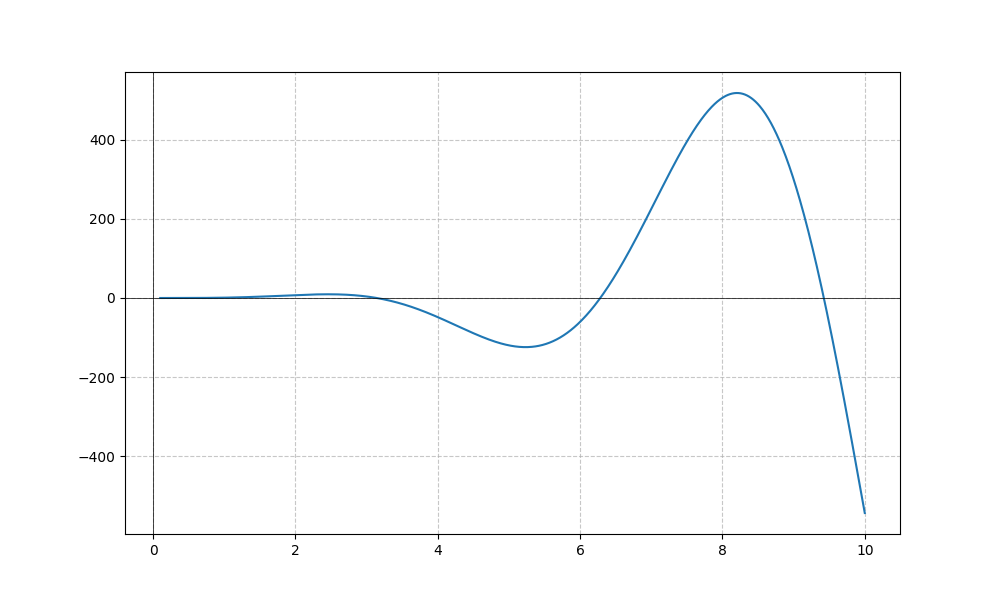
LaTeX formula: x^{3} \sin{\left(x \right)}